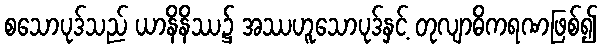
စသောပုဒ်သည် ယာနိနိဿ၌ အဿဟူသောပုဒ်နှင့် တုလျာဓိကရဏဖြစ်၍